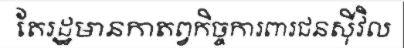
តែរដ្ឋមានកាតព្វកិច្ចការពារជនស៊ីវិល